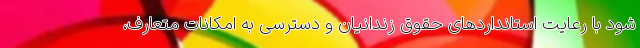
شود با رعایت استانداردهای حقوق زندانیان و دسترسی به امکانات متعارف،